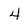
Character: 4